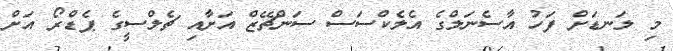
މި ލަނޑަށް ފަހު އާސެނަލްގެ އެލެކްސަސް ސަންޗޭޒް އަށާއި ޗެލްސީގެ ޕެޑްރޯ އަށް